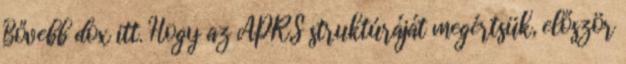
Bővebb dox itt. Hogy az APRS struktúráját megértsük, először